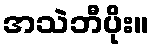
အသဲဘီပိုး။